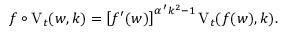
f \circ \mathrm { V } _ { t } ( w , k ) = \left[ f ^ { \prime } ( w ) \right] ^ { \alpha ^ { \, \prime } k ^ { 2 } - 1 } \mathrm { V } _ { t } ( f ( w ) , k ) .